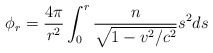
\begin{align*}\phi_{r}=\frac{4\pi}{r^{2}}\int_{0}^{r}\frac{n}{\sqrt{1-v^{2}/c^{2}}}s^{2}ds\end{align*}